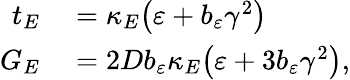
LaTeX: \begin{array}{rl}{t_{E}}&{{}=\kappa_{E}\big(\varepsilon+b_{\varepsilon}\gamma^{2}\big)}\\ {G_{E}}&{{}=2Db_{\varepsilon}\kappa_{E}\big(\varepsilon+3b_{\varepsilon}\gamma^{2}\big),}\end{array}